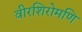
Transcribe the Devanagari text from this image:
वीरशिरोमणि